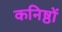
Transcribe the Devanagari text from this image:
कनिष्ठों